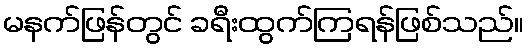
မနက်ဖြန်တွင် ခရီးထွက်ကြရန်ဖြစ်သည်။